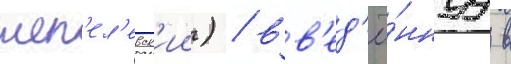
шеп'ел'евск'ии) / вв'ед'ё́ннуу в